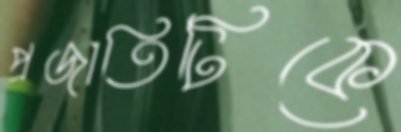
প্রজাতিটিকে